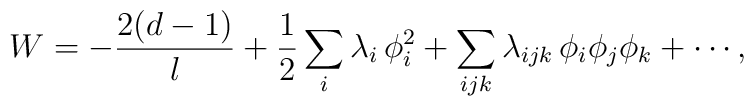
W=-\frac{2(d-1)}{l}+{1\over 2}\sum_i \lambda_i\,\phi_i^2 +\sum_{ijk}\lambda_{ijk}\,\phi_i\phi_j\phi_k+\cdots,